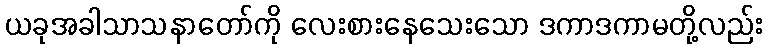
ယခုအခါသာသနာတော်ကို လေးစားနေသေးသော ဒကာဒကာမတို့လည်း